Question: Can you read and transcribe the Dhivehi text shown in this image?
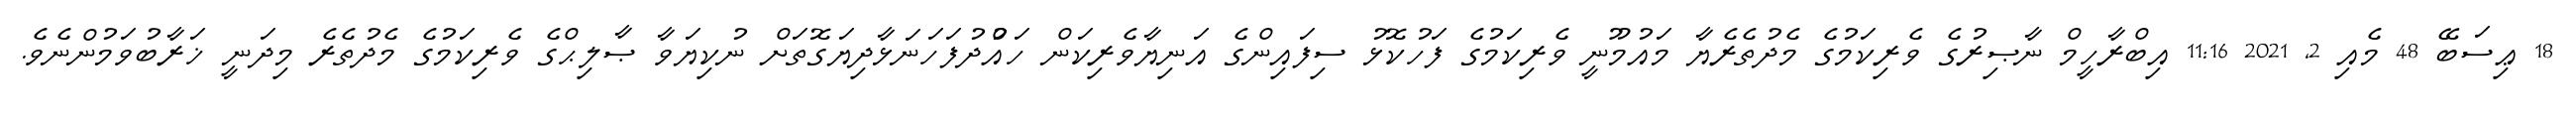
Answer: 18 ޢިސަބޭ 48 މެއި 2, 2021 11:16 އިބްރާހީމް ނާޞިރުގެ ވެރިކަމުގެ މެދުތެރެޔާ މައުމޫނީ ވެރިކަމުގެ ފަހުކޮޅު ސިފައިންގެ އަނިޔާވެރިކަން ހައްުދުފަހަނަޅާދިޔަގޮތަށް ނުކިޔަވާ ޞާލިޙްގެ ވެރިކަމުގެ މެދުތެރެ މިދަނީ ޚަރާބުވަމުންނެވެ.